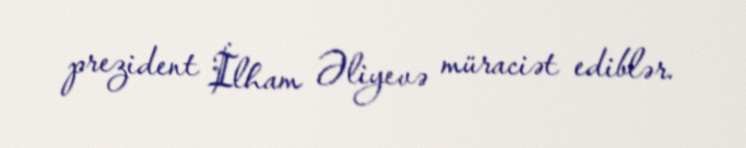
prezident İlham Əliyevə müraciət ediblər.